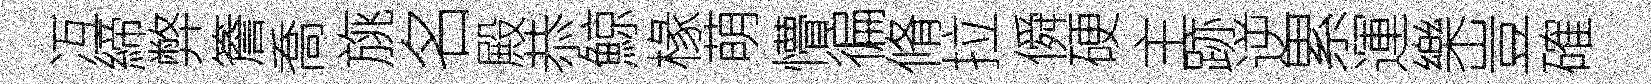
冱締弊簷喬旐名殿恭鯨椽萌懵徧脩拉僢硬主跡逆累運樂豈確